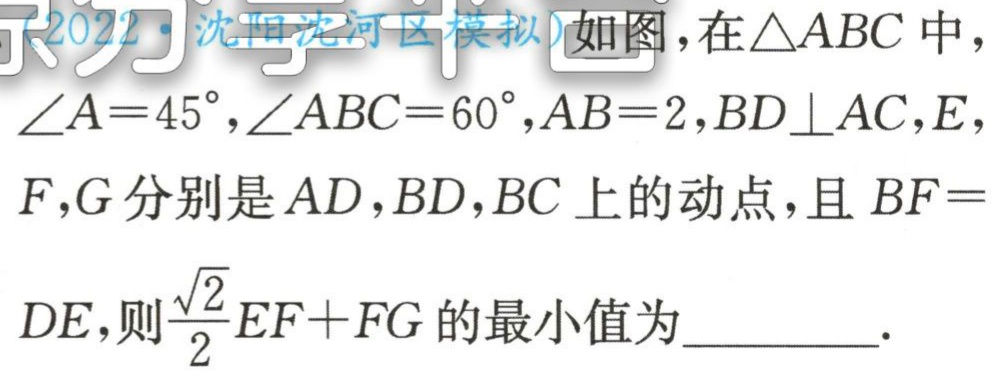
(2022·沈阳沈河区模拟)如图，在\(\triangle ABC\)中，\(\angle A = 45^{\circ}\)，\(\angle ABC = 60^{\circ}\)，\(AB = 2\)，\(BD\perp AC\)，\(E\)，\(F\)，\(G\)分别是\(AD\)，\(BD\)，\(BC\)上的动点，且\(BF = DE\)，则\(\frac{\sqrt{2}}{2}EF + FG\)的最小值为  ．